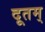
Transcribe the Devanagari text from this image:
दूतम्